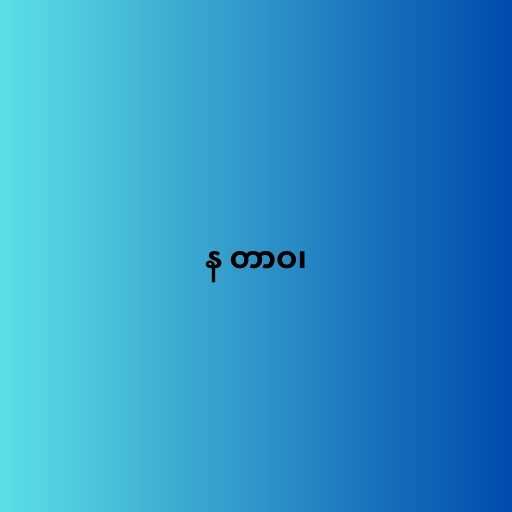
န တာဝ၊